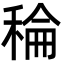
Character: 稐